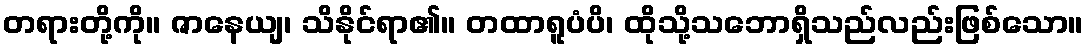
တရားတို့ကို။ ဇာနေယျ၊ သိနိုင်ရာ၏။ တထာရူပံပိ၊ ထိုသို့သဘောရှိသည်လည်းဖြစ်သော။